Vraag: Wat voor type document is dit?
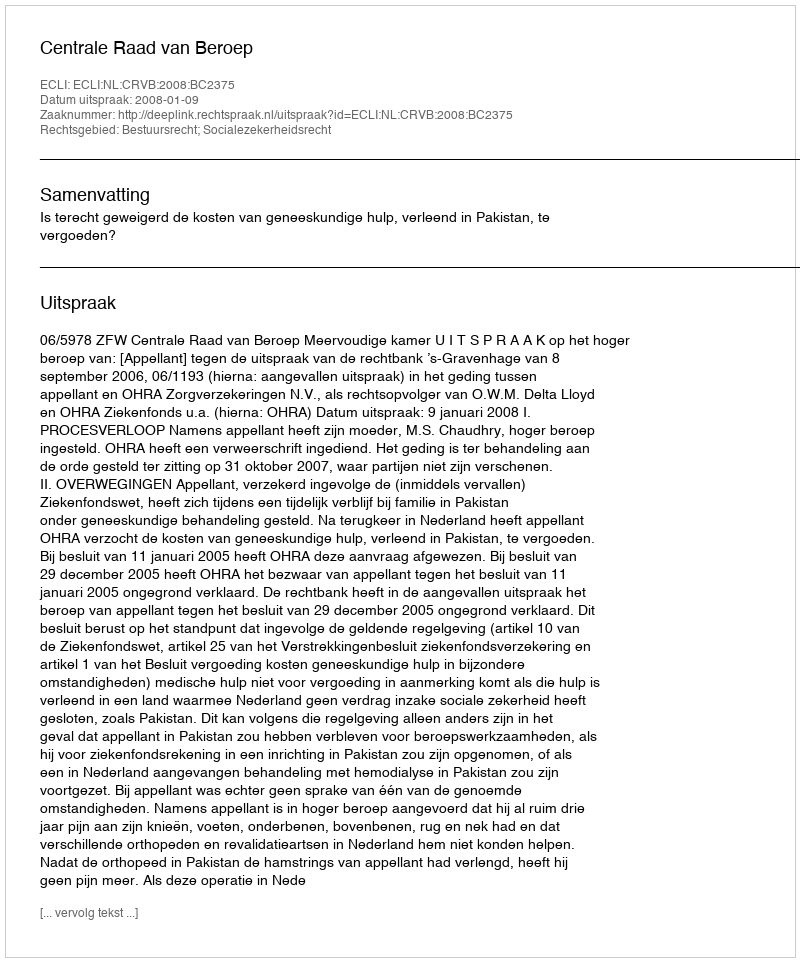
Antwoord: Uitspraak